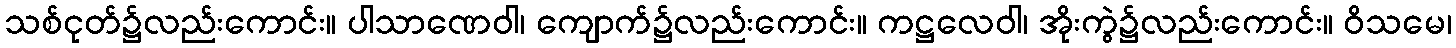
သစ်ငုတ်၌လည်းကောင်း။ ပါသာဏေဝါ၊ ကျောက်၌လည်းကောင်း။ ကဋ္ဌလေဝါ၊ အိုးကွဲ၌လည်းကောင်း။ ဝိသမေ၊